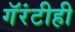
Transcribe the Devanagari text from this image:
गॅरंटीही